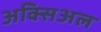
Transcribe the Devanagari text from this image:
अक्सिअल